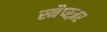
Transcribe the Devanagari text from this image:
स्नैप्स्ज़र